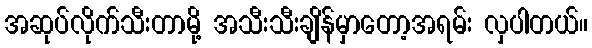
အဆုပ်လိုက်သီးတာမို့ အသီးသီးချိန်မှာတော့အရမ်း လှပါတယ်။